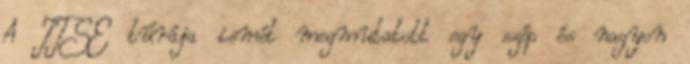
A TTSE túrája ismét megmutatott egy szép és nagyon